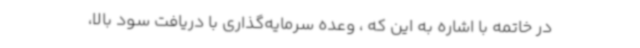
در خاتمه با اشاره به این که ، وعده‌ سرمایه‌گذاری با دریافت سود بالا،